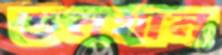
ডনখান